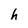
Character: h